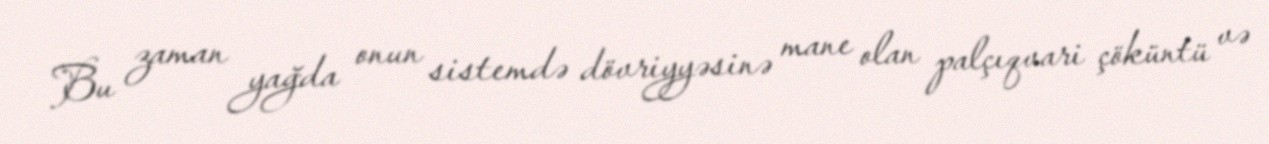
Bu zaman yağda onun sistemdə dövriyyəsinə mane olan palçıqvari çöküntü və